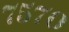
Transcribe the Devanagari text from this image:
७५७०